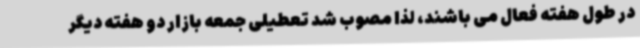
در طول هفته فعال می باشند، لذا مصوب شد تعطیلی جمعه بازار دو هفته دیگر